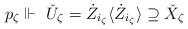
LaTeX: \begin{align*}p_\zeta \Vdash \ \check{U}_\zeta = \dot{Z}_{i_\zeta} \langle \dot{Z}_{i_\zeta} \rangle \supseteq \check{X}_\zeta \end{align*}